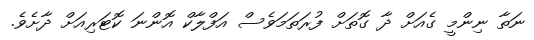
ނަތާ ނިންމީ ގެއަށް ދާ ގޮތަށް ފުރަތަމަވެސް އަފްލާކް އޮންނަ ކޮޓަރިއަށް ދާށެވެ.